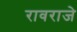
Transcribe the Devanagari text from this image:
रावराजे